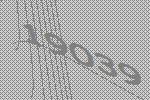
19039